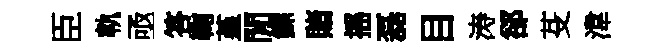
臣軌亟答鞠堇閒鰥賭摇磊目涛郤芟湋